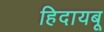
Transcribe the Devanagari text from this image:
हिदायबू